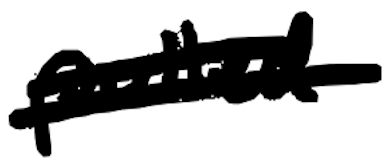
Text: pulled
Cross-out: double-line
Writing tool: digital_black